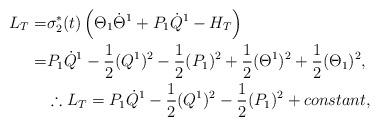
LaTeX: \begin{align*}L_{T}=&\sigma^{*}_{2}(t)\left(\Theta_{1}\dot{\Theta}^{1}+P_{1}\dot{Q}^{1}-H_{T}\right)\\=&P_{1}\dot{Q}^{1}-\frac{1}{2}(Q^{1})^{2}-\frac{1}{2}(P_{1})^{2}+\frac{1}{2}(\Theta^{1})^{2}+\frac{1}{2}(\Theta_{1})^{2},\\&\therefore L_{T}=P_{1}\dot{Q}^{1}-\frac{1}{2}(Q^{1})^{2}-\frac{1}{2}(P_{1})^{2}+{constant},\end{align*}